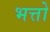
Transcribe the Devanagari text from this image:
भत्तो